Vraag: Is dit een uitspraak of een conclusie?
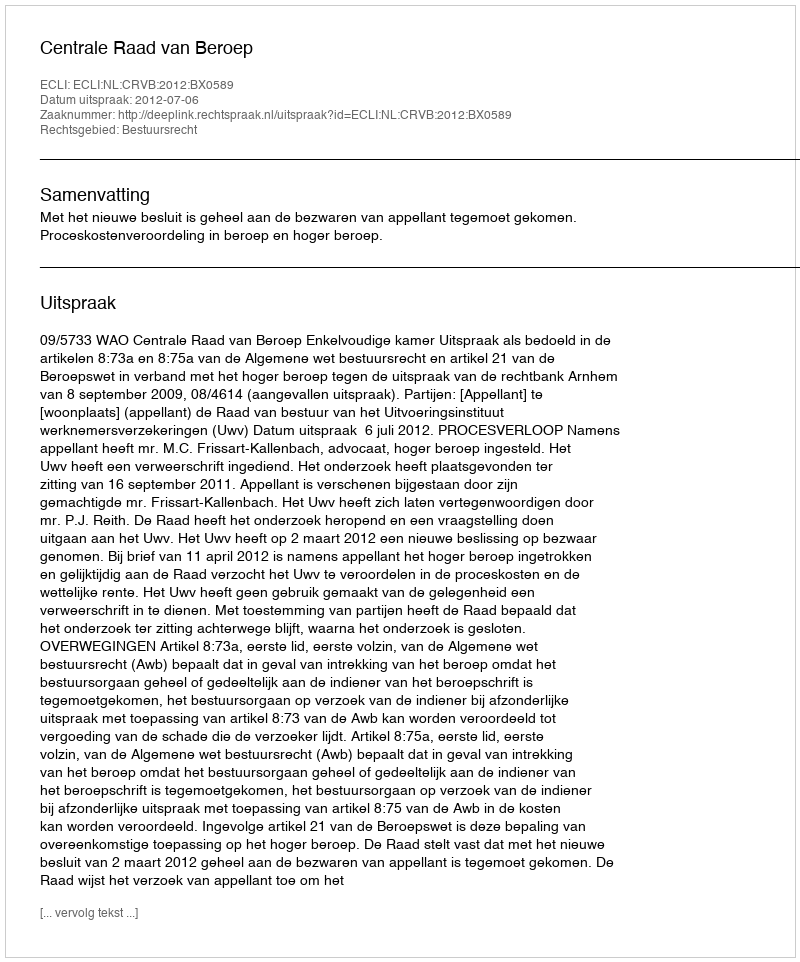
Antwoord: Uitspraak